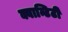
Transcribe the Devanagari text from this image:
क्वान्टिटी